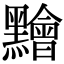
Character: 䵳